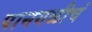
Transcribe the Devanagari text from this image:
पानगळीचं